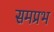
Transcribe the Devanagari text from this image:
समप्रभ